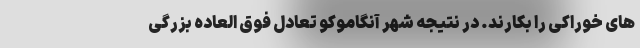
های خوراکی را بکارند. در نتیجه شهر آنگاموکو تعادل فوق العاده بزرگی